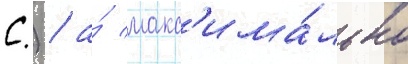
С.) / а́ макс'има́льно